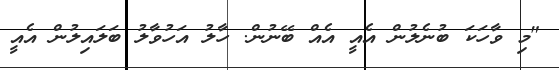
"މި ވާހަކަ ބުނެލުން އެއީ އެއް ބޭނުން. ހާލު އަހުވާލު ބަލައިލުން އެއީ